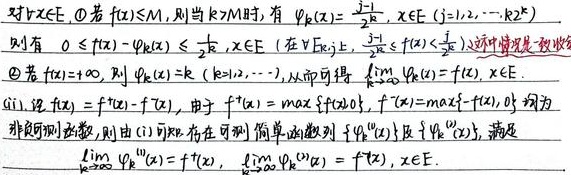
对\(\forall x\in E\)，
\textcircled{1} 若\(\vert f(x)\vert\leqslant M\)，则当\(k\geqslant M\)时，有 \(\varphi_{k}(x)=\frac{j - 1}{2^{k}}\)，\(x\in E_{j}\ (j = 1,2,\cdots,2^{k})\)
则有 \(0\leqslant f(x)-\varphi_{k}(x)\leqslant\frac{1}{2^{k}}\)，\(x\in E\)（在\(\forall E_{k,j}\)，\(\frac{j - 1}{2^{k}}\leqslant f(x)<\frac{j}{2^{k}}\) 这种情况是显然的）
\textcircled{2} 若\(f(x)= +\infty\)，则 \(\varphi_{k}(x)=k\ (k = 1,2,\cdots)\)，从而可得 \(\lim\limits_{k\rightarrow\infty}\varphi_{k}(x)=f(x)\)，\(x\in E\)。

(iii). 记 \(f(x)=f^{+}(x)-f^{-}(x)\)，由于 \(f^{+}(x)=\max\{f(x),0\}\)，\(f^{-}(x)=\max\{-f(x),0\}\) 均为
非负可测函数，则由 (i) 可知，存在可测简单函数列 \(\{\varphi_{k}^{+}(x)\}\) 及 \(\{\varphi_{k}^{-}(x)\}\)，满足
\(\lim\limits_{k\rightarrow\infty}\varphi_{k}^{+}(x)=f^{+}(x)\)，\(\lim\limits_{k\rightarrow\infty}\varphi_{k}^{-}(x)=f^{-}(x)\)，\(x\in E\)。